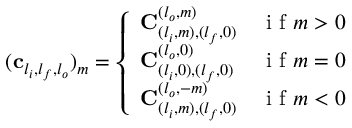
( \mathbf { c } _ { l _ { i } , l _ { f } , l _ { o } } ) _ { m } = \left\{ \begin{array} { l l } { \mathbf { C } _ { ( l _ { i } , m ) , ( l _ { f } , 0 ) } ^ { ( l _ { o } , m ) } } & { \mathrm { ~ i ~ f ~ } m > 0 } \\ { \mathbf { C } _ { ( l _ { i } , 0 ) , ( l _ { f } , 0 ) } ^ { ( l _ { o } , 0 ) } } & { \mathrm { ~ i ~ f ~ } m = 0 } \\ { \mathbf { C } _ { ( l _ { i } , m ) , ( l _ { f } , 0 ) } ^ { ( l _ { o } , - m ) } } & { \mathrm { ~ i ~ f ~ } m < 0 } \end{array} \right.